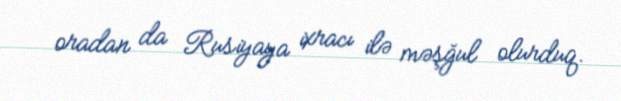
oradan da Rusiyaya ixracı ilə məşğul olurduq.